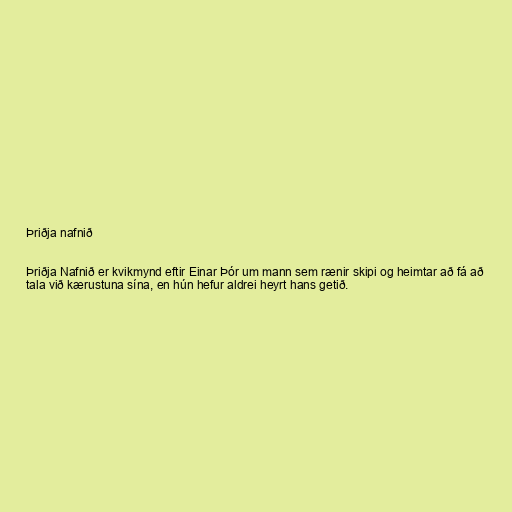
Þriðja nafnið

Þriðja Nafnið er kvikmynd eftir Einar Þór um mann sem rænir skipi og heimtar að fá að
tala við kærustuna sína, en hún hefur aldrei heyrt hans getið.